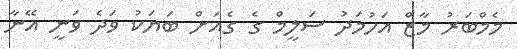
މެމްބަރު މާޒް އަހުމަދު ސަލީމް ގެ ގެއަށް ބަޔަކު ވަދެ ވަނީ އޭނާ